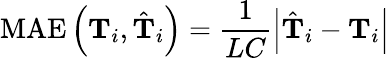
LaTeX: \operatorname{MAE}\left(\mathbf{T}_{i},\hat{\mathbf{T}}_{i}\right)=\frac{1}{LC}\left|\hat{\mathbf{T}}_{i}-\mathbf{T}_{i}\right|